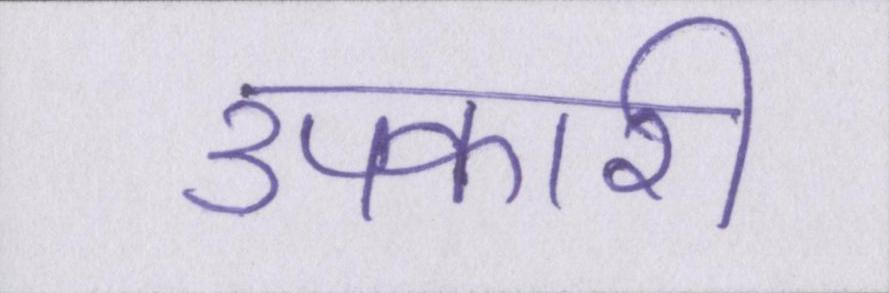
उपकारी